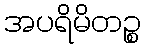
အပရိမိတဉ္စ